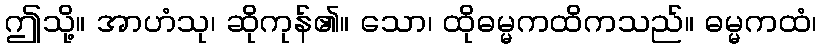
ဤသို့။ အာဟံသု၊ ဆိုကုန်၏။ သော၊ ထိုဓမ္မကထိကသည်။ ဓမ္မကထံ၊